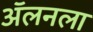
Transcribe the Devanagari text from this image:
अॅलनला